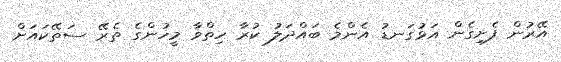
އޭރުން ފެށިގެން އަޅުގަނޑު އެންމެ ބައްދަލު ކުރާ ހިތްވާ މީހުންގެ ތެރޭ ސަތޭކައަށް